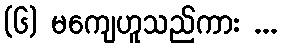
(၆) မကျေဟူသည်ကား ...